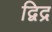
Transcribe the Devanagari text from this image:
द्विद्र